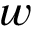
w